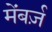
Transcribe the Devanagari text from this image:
मेंबर्ज़